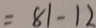
= 8 1 - 1 2